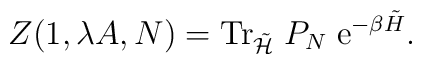
Z (1, \lambda A, N) = {\rm Tr}_{\tilde{{\cal H}}}\; P_N \;{\rm e}^{- \beta\tilde{H}}.